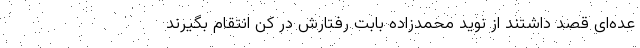
عده‌ای قصد داشتند از نوید محمدزاده بابت رفتارش در کن انتقام بگیرند